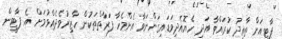
ޕާޓީއަށް ތާޢީދު ކުރައްވާ އަދި ހެޔޮއެދިވަޑައިގަންނަވާ އެންމެހާ ފަރާތްތަކުން ހާޒިރުވެދެއްވުމަށް އެ ޕާޓީން